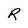
Character: R